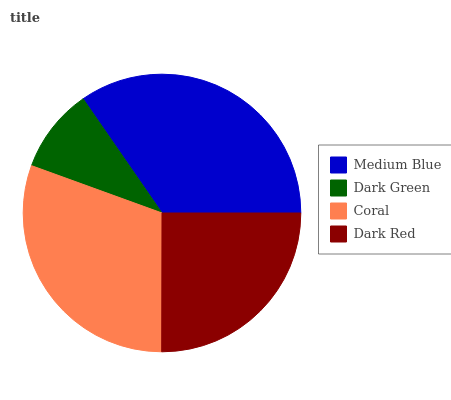
| Medium Blue | Dark Green | Coral | Dark Red |
 | --- | --- | --- | --- |
 | 34.7% | 9.83% | 30.5% | 25% |